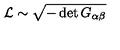
{ \cal L } \sim \sqrt { - \det G _ { \alpha \beta } }